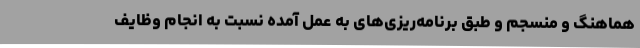
هماهنگ و منسجم و طبق برنامه‌ریزی‌های به عمل آمده نسبت به انجام وظایف